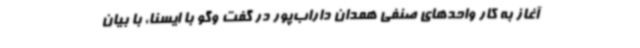
آغاز به کار واحدهای صنفی همدان داراب‌پور در گفت وگو با ایسنا، با بیان